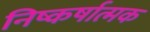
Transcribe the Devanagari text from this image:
निष्कर्षात्मक